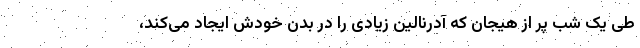
طی یک شب پر از هیجان که آدرنالین زیادی را در بدن خودش ایجاد می‌کند،